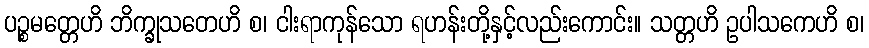
ပဉ္စမတ္တေဟိ ဘိက္ခုသတေဟိ စ၊ ငါးရာကုန်သော ရဟန်းတို့နှင့်လည်းကောင်း။ သတ္တဟိ ဥပါသကေဟိ စ၊